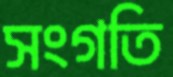
সংগতি